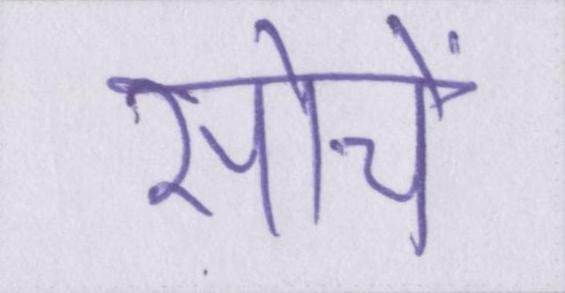
सोचें